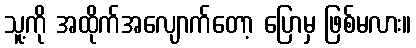
သူ့ကို အထိုက်အလျောက်တော့ ပြောမှ ဖြစ်မလား။